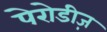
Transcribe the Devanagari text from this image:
पेरोडीज़